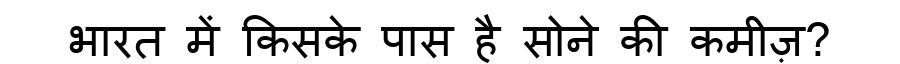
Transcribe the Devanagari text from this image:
भारत में किसके पास है सोने की कमीज़?